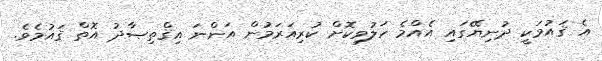
އެ ޤައުމަކީ ދުނިޔޭގައި އެއްމެ ހަލުވިކޮށް ކުރިއަރަމުން އަންނަ އިޤްތިޞާދު އޮތް ޤައުމެވެ.